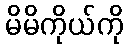
မိမိကိုယ်ကို